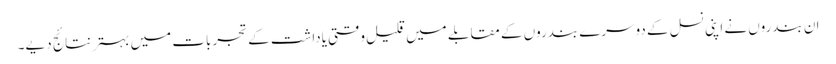
ان بندروں نے اپنی نسل کے دوسرے بندروں کے مقابلے میں قلیل وقتی یاداشت کے تجربات میں بہتر نتائج دیے۔